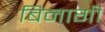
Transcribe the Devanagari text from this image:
बिनागी